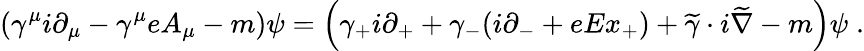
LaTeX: \left(\gamma^{\mu}i\partial_{\mu}-\gamma^{\mu}eA_{\mu}-m\right)\psi=\left(\gamma_{+}i\partial_{+}+\gamma_{-}(i\partial_{-}+eEx_{+})+\widetilde{\gamma}\cdot i\widetilde{\nabla}-m\right)\psi\; .